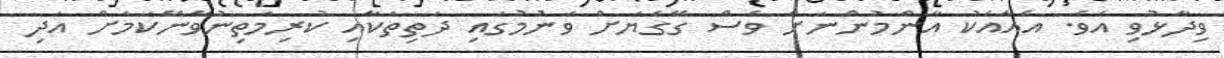
ވިދާޅުވި އެވެ. އެއާއެކު އާންމުންނަށް ވެސް ގޭގެޔަށް ވަނުމުގައި ދަތިތަކާއި ކުރިމަތިނުވާނޭކަމަށް އަދި